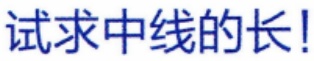
试求中线的长！